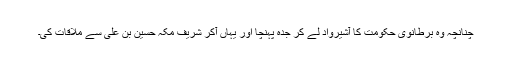
چنانچہ وہ برطانوی حکومت کا آشیرواد لے کر جدہ پہنچا اور یہاں آکر شریف مکہ حسین بن علی سے ملاقات کی۔